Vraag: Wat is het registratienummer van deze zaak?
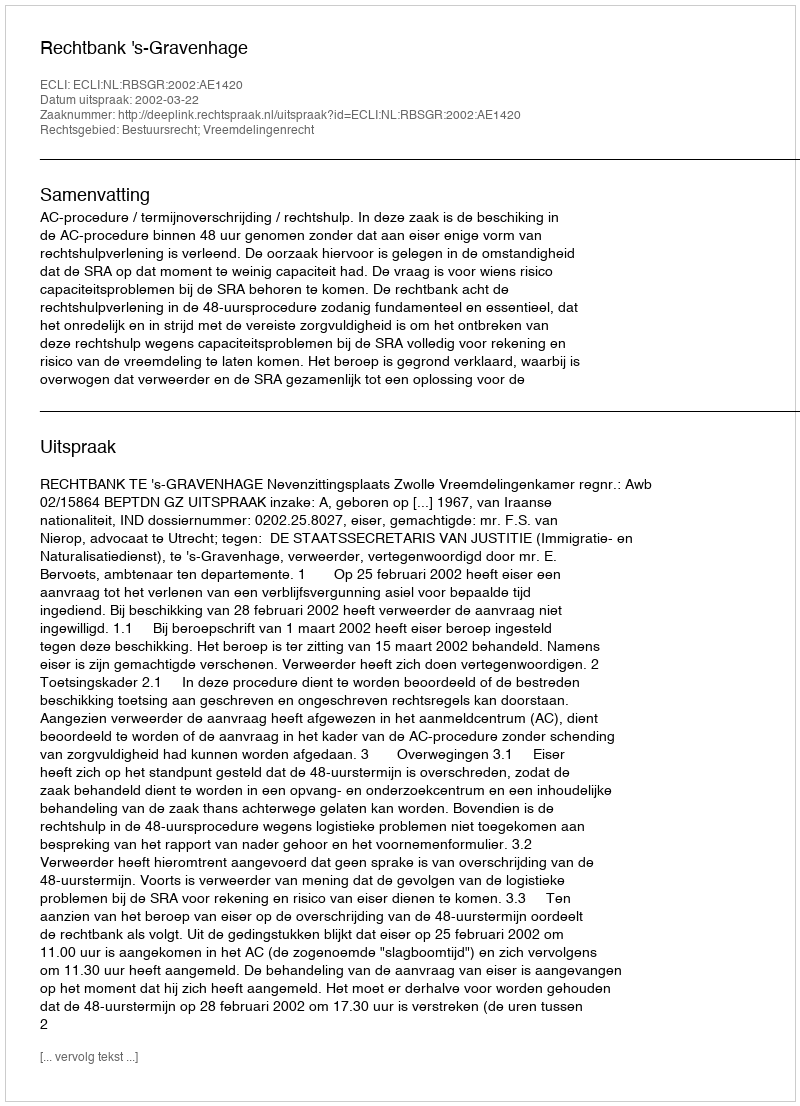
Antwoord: http://deeplink.rechtspraak.nl/uitspraak?id=ECLI:NL:RBSGR:2002:AE1420